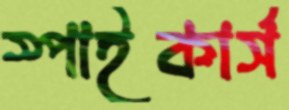
স্পাইকার্স